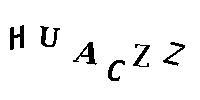
HUACZZ